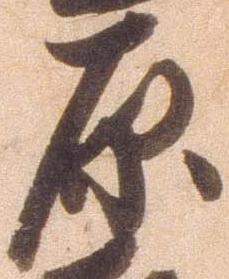
原